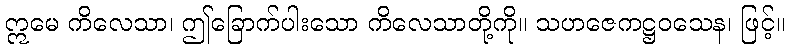
ဣမေ ကိလေသာ၊ ဤခြောက်ပါးသော ကိလေသာတို့ကို။ သဟဇေကဋ္ဌဝသေန၊ ဖြင့်။